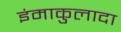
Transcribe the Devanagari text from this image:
इंमाकुलादा